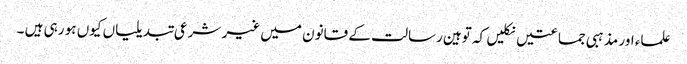
علماء اور مذہبی جماعتیں نکلیں کہ توہین رسالت کے قانون میں غیر شرعی تبدیلیاں کیوں ہو رہی ہیں ۔